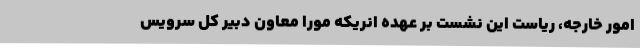
امور خارجه، ریاست این نشست بر عهده انریکه مورا معاون دبیر کل سرویس